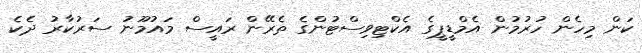
ކަން މިހެން ހުރުމުން އެމްޑީޕީގެ އެކްޓިވިސްޓުންގެ ތެރޭން ރައީސް މައުމޫނު ސަރުކާރު ދެކެ